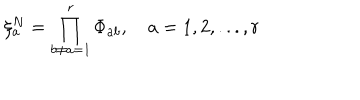
LaTeX: \xi _ { a } ^ { N } = \prod _ { b \neq a = 1 } ^ { r } \Phi _ { a b } , \quad a = 1 , 2 , . . . , r